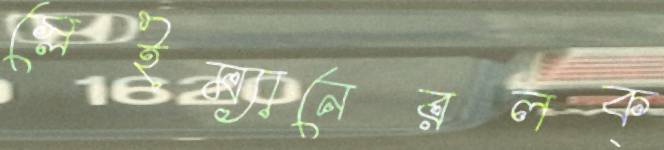
স্লেইম্যানেরলক্